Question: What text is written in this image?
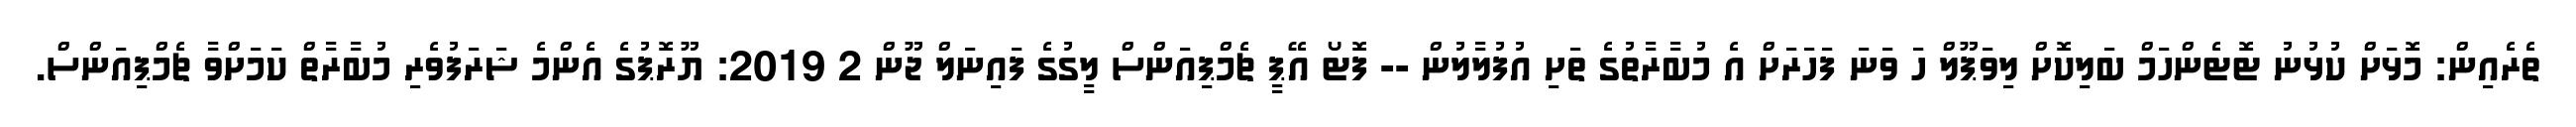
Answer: ތެރެއިން: މޮޅަށް ކުޅުނު ޓޮޓެންހަމް ބަލިކޮށް ލިވަޕޫލް ހަ ވަނަ ފަހަރަށް އެ މުބާރާތުގެ ތަށި އުފުލާލުން -- ފޮޓޯ އޭޕީ ޗެމްޕިއަންސް ލީގުގެ ފައިނަލް ޖޫން 2 2019: ޔޫރޮޕުގެ އެންމެ ޝަރަފުވެރި މުބާރާތް ކަމަށްވާ ޗެމްޕިއަންސް.